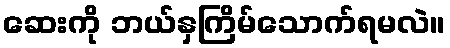
ဆေးကို ဘယ်နှကြိမ်သောက်ရမလဲ။